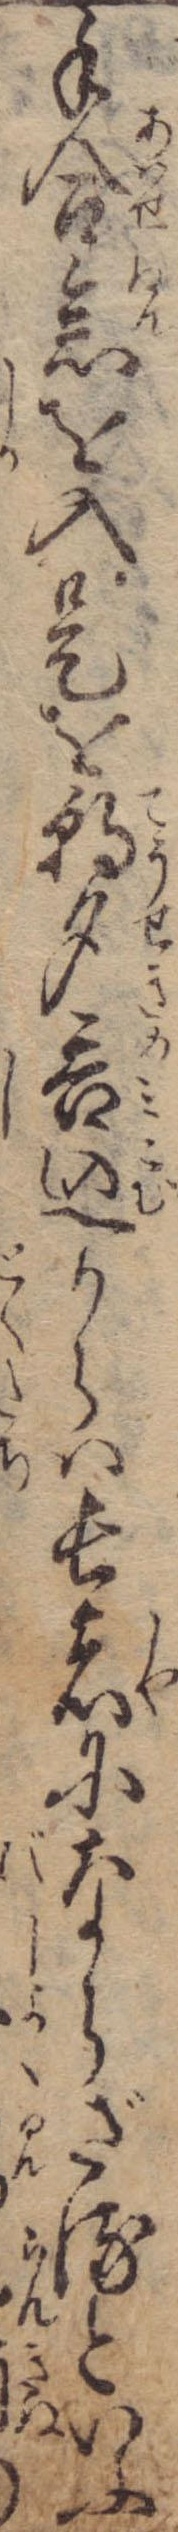
手合念を入是を朝夕呑込からは長者にならざるといふ